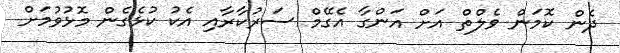
ދެން ކޮމަން ވެލްތް އަށް އަންގާ އެގޭމް ސަރުކާރާއި އެކު ކުޅެގެން މޮޅުވުމަށް